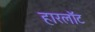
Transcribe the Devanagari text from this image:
हारलॉट